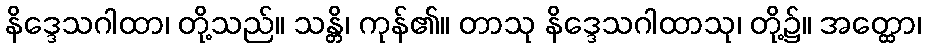
နိဒ္ဒေသဂါထာ၊ တို့သည်။ သန္တိ၊ ကုန်၏။ တာသု နိဒ္ဒေသဂါထာသု၊ တို့၌။ အတ္ထော၊